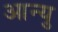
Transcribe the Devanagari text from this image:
आन्यु